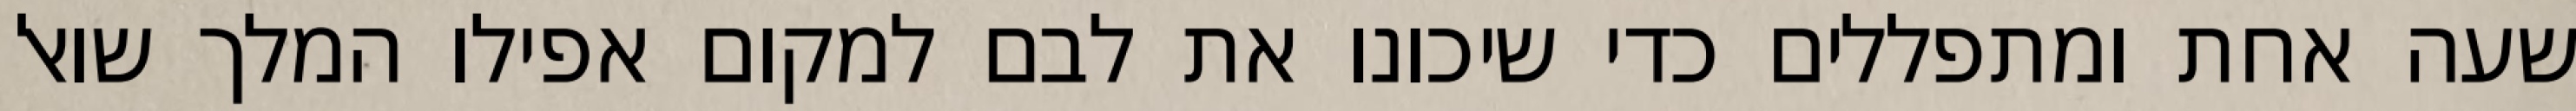
שעה אחת ומתפללים כדי שיכונו את לבם למקום אפילו המלך שואל